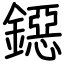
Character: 鐚